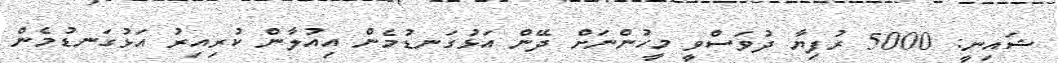
ޝައިނީ: 5000 ރުފިޔާ ދުވަސްވީ މީހުންނަށް ދޭން އަޅުގަނޑުމެން އިއުލާން ކުރިއިރު އަޅުގަނޑުމެން